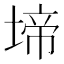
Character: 𭏅